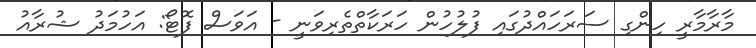
މާރާމާރީ ހިންގި ސަރަހައްދުގައި ފުލުހުން ހަރަކާތްތެރިވަނީ - އަވަސް ފޮޓޯ: އަހުމަދު ޝުރާއު